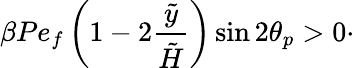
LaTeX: \beta Pe_{f}\left(1-2\frac{\tilde{y}}{\tilde{H}}\right)\sin 2\theta_{p}>0\cdot